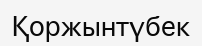
Қоржынтүбек